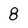
Character: 8